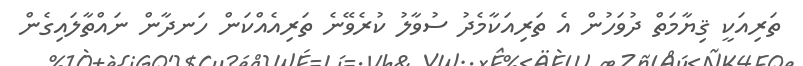
ތަރިއަކީ ޤިޔާމަތް ދުވަހުން އެ ތަރިއަކާމެދު ސުވާލު ކުރެވޭނެ ތަރިއެއްކަން ހަނދާން ނައްތާލައިގެން